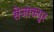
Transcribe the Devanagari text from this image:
सेजाकपुर